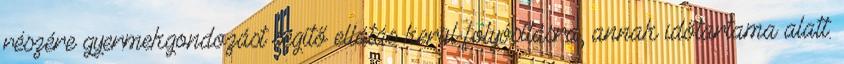
részére gyermekgondozást segítő ellátás kerül folyósításra, annak időtartama alatt.